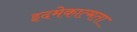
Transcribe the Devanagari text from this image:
इदमेकात्मता